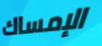
الإمساك